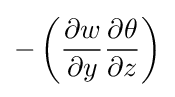
-\left({\frac {\partial w}{\partial y}}{\frac {\partial \theta }{\partial z}}\right)